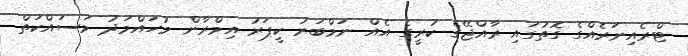
ޓްރެއިނަރެއްގެ ގޮތުގައި ރާއްޖޭގެ ކުރީގެ އެއް ނަމްބަރު ކީޕަރު އިމްރާން މުހައްމަދު މަސައްކަތް